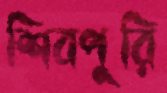
শিবপুরি